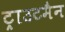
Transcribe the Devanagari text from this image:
ट्राउटमैन